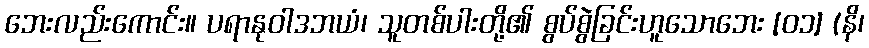
ဘေးလည်းကောင်း။ ပရာနုဝါဒဘယံ၊ သူတစ်ပါးတို့၏ စွပ်စွဲခြင်းဟူသောဘေး [၀၁] (နိ၊